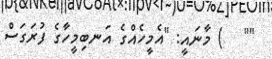
""   ) މާނައީ: "އެމީހެއްގެ އަނބިމީހާގެ ފުރަގަސް